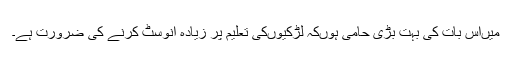
میں‌اس بات کی بہت بڑی حامی ہوں‌کہ لڑکیوں‌کی تعلیم پر زیادہ انوسٹ کرنے کی ضرورت ہے۔